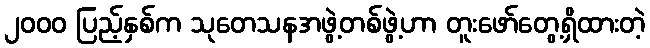
၂၀၀၀ ပြည့်နှစ်က သုတေသနအဖွဲ့တစ်ဖွဲ့ဟာ တူးဖော်တွေ့ရှိထားတဲ့